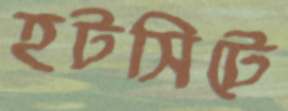
হটসিটে